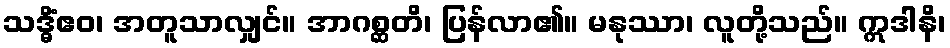
သဒ္ဓိံဧဝ၊ အတူသာလျှင်။ အာဂစ္ဆတိ၊ ပြန်လာ၏။ မနုဿာ၊ လူတို့သည်။ ဣဒါနိ၊